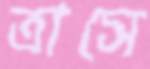
ত্রাসে